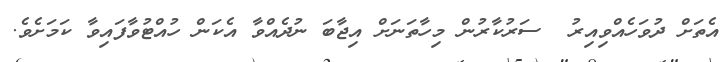
އެތަށް ދުވަހެއްވިއިރު  ސަރުކާރުން މިހާތަނަށް އިޖާބަ ނުދެއްވާ އެކަން ހުއްޓުވާފައިވާ ކަމަށެވެ.